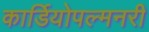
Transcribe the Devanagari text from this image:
कार्डियोपल्मनरी